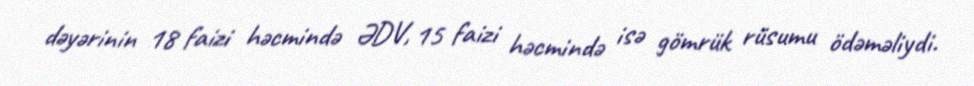
dəyərinin 18 faizi həcmində ƏDV, 15 faizi həcmində isə gömrük rüsumu ödəməliydi.